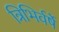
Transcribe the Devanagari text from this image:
त्रिभिर्वर्षे